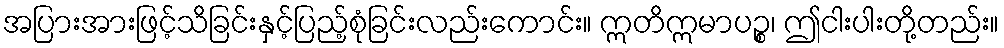
အပြားအားဖြင့်သိခြင်းနှင့်ပြည့်စုံခြင်းလည်းကောင်း။ ဣတိဣမာပဉ္စ၊ ဤငါးပါးတို့တည်း။